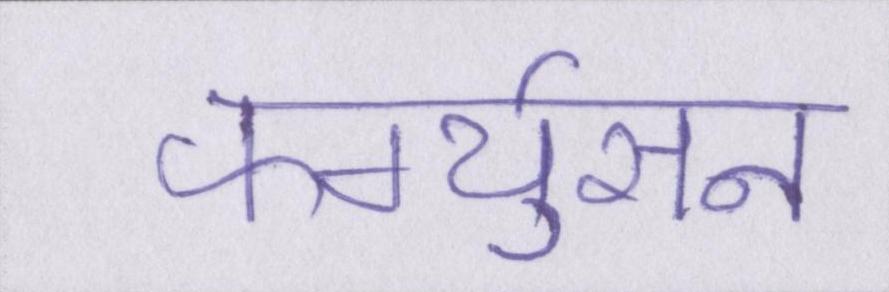
फर्ग्युसन